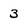
Character: 3